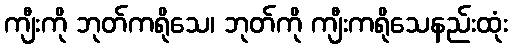
ကျီးကို ဘုတ်ကရိုသေ၊ ဘုတ်ကို ကျီးကရိုသေနည်းထုံး